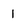
Character: 1